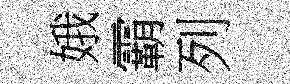
娥霸列